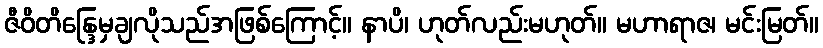
ဇီဝိတိန္ဒြေမှချလိုသည်အဖြစ်ကြောင့်။ နာပိ၊ ဟုတ်လည်းမဟုတ်။ မဟာရာဇ၊ မင်းမြတ်။